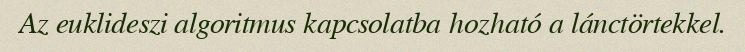
Az euklideszi algoritmus kapcsolatba hozható a lánctörtekkel.